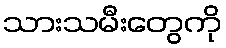
သားသမီးတွေကို